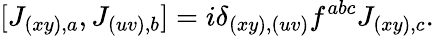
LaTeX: [J_{(xy),a},J_{(uv),b}]=i\delta_{(xy),(uv)}f^{abc}J_{(xy),c}.